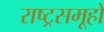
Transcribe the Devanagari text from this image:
राष्ट्रसमूहों